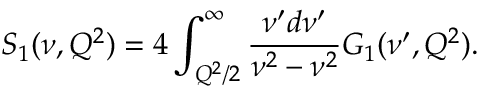
S _ { 1 } ( \nu , Q ^ { 2 } ) = 4 \int _ { Q ^ { 2 } / 2 } ^ { \infty } { \frac { \nu ^ { \prime } d \nu ^ { \prime } } { \nu ^ { 2 } - \nu ^ { 2 } } } G _ { 1 } ( \nu ^ { \prime } , Q ^ { 2 } ) .